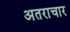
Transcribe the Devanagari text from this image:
अतराचार